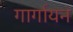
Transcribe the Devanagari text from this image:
गार्गायन